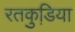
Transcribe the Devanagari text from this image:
रतकुडि़या